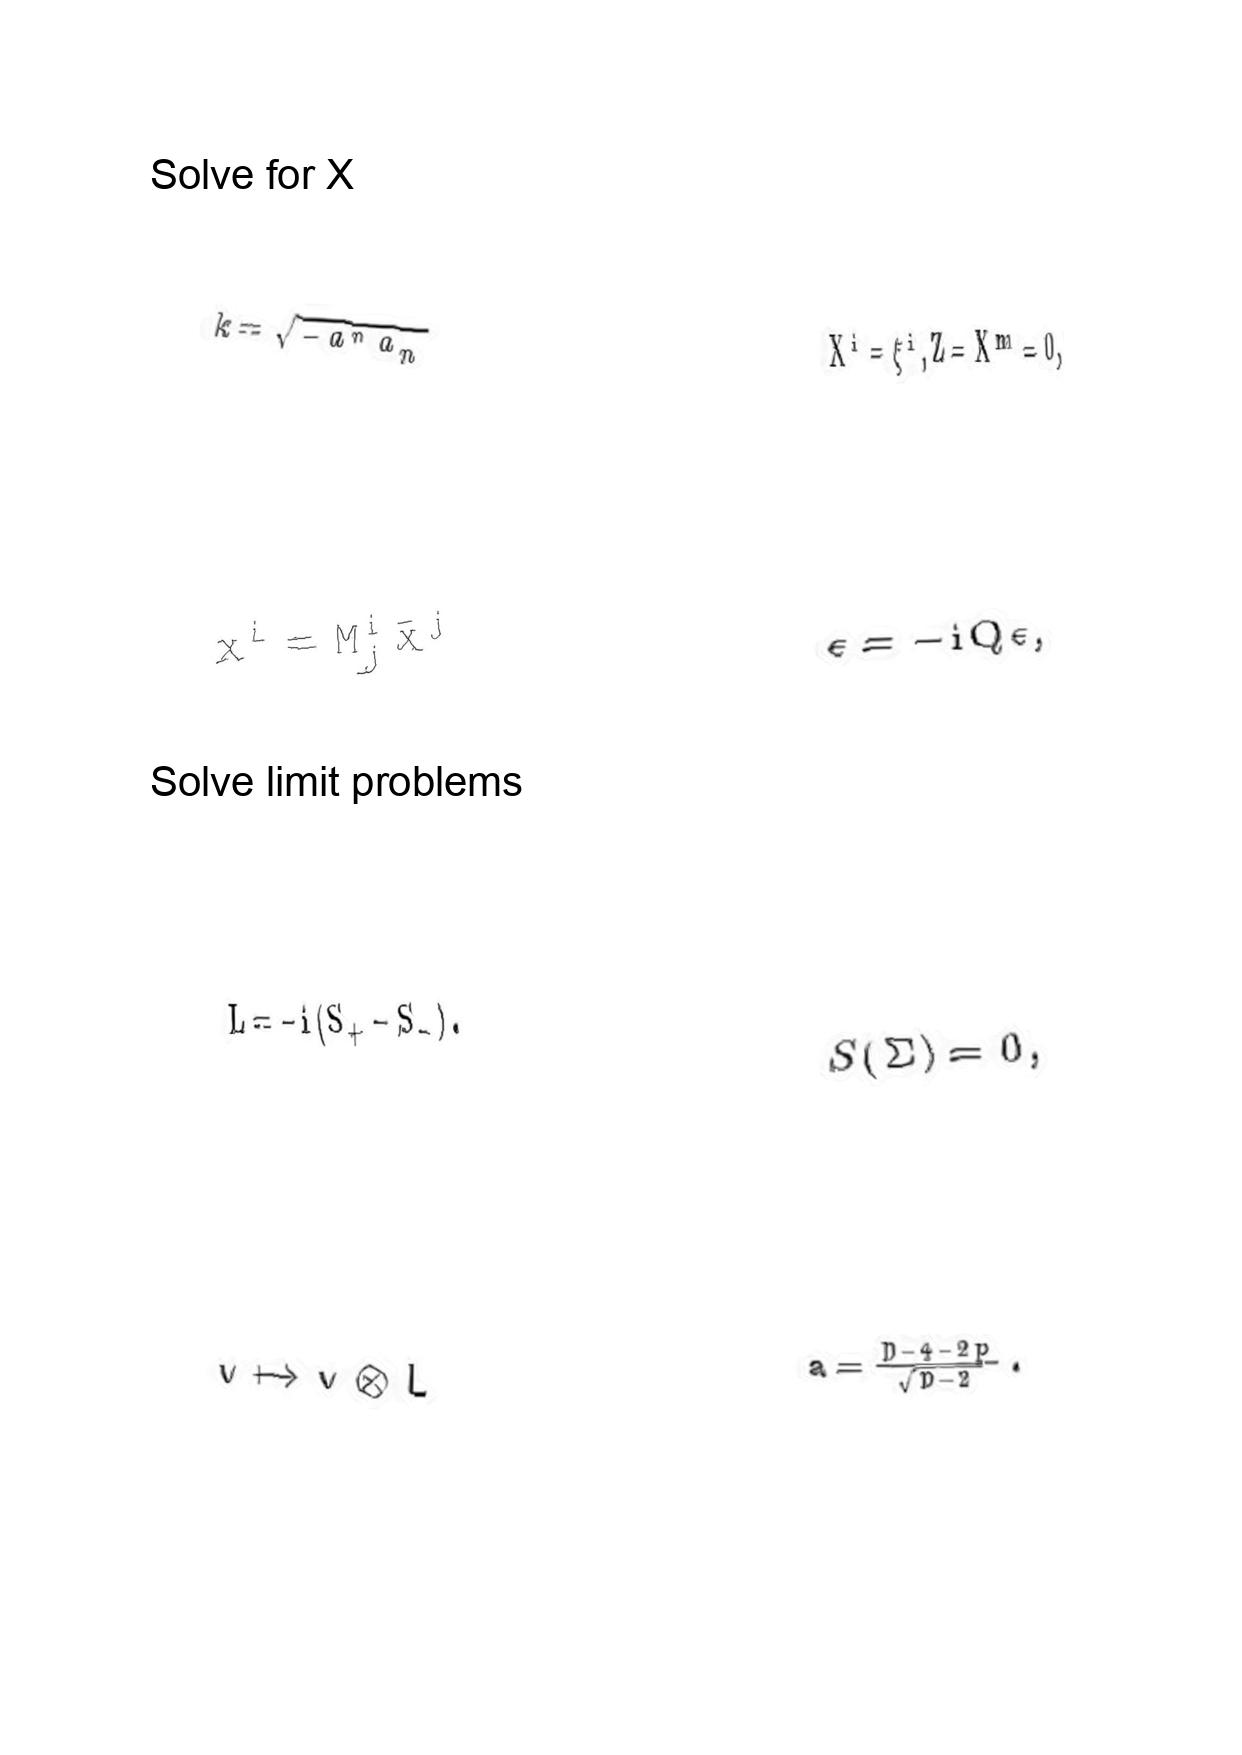
LaTeX transcription:
k = \sqrt { - a ^ { n } a _ { n } }
x ^ { i } = M ^ { i } _ { j } \bar { x } ^ { j }
L = - i \lparen S _ { + } - S _ { - } \rparen .
v \mapsto v \otimes L
X ^ { i } = \xi ^ { i } , Z = X ^ { m } = 0 ,
\epsilon = - i Q \epsilon ,
S \lparen \Sigma \rparen = 0 ,
a = \frac { D - 4 - 2 p } { \sqrt { D - 2 } } .